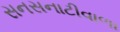
સનસનાટીવાળા